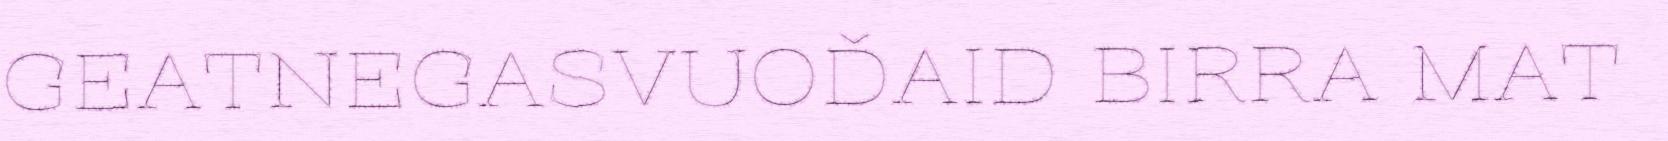
GEATNEGASVUOĐAID BIRRA MAT